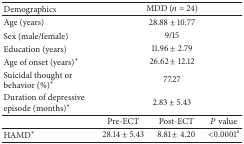
<table><thead><tr><td><b>Demographics</b></td><td colspan="3"><b>MDD (<i>n</i> = 24)</b></td></tr></thead><tbody><tr><td>Age (years)</td><td colspan="3">28.88 ± 10.77</td></tr><tr><td>Sex (male/female)</td><td colspan="3">9/15</td></tr><tr><td>Education (years)</td><td colspan="3">11.96 ± 2.79</td></tr><tr><td>Age of onset (years)<sup><i>∗</i></sup></td><td colspan="3">26.62 ± 12.12</td></tr><tr><td>Suicidal thought or behavior (%)<sup><i>∗</i></sup></td><td colspan="3">77.27</td></tr><tr><td>Duration of depressive episode (months)<sup><i>∗</i></sup></td><td colspan="3">2.83 ± 5.43</td></tr><tr><td> </td><td>Pre-ECT</td><td>Post-ECT</td><td><i>P</i> value </td></tr><tr><td>HAMD<sup><i>∗</i></sup></td><td>28.14 ± 5.43</td><td>8.81 ± 4.20</td><td>&lt;0.0001<sup>a</sup></td></tr></tbody></table>